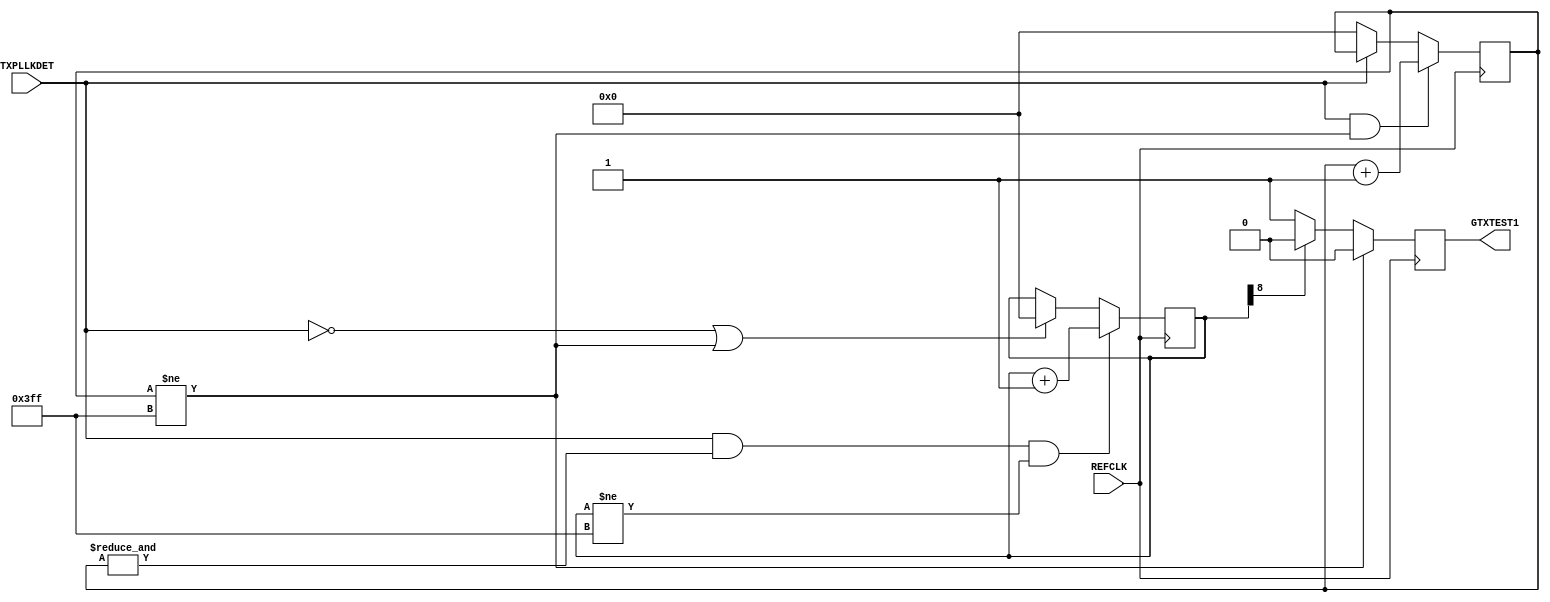
module gtx_rerst
(
    input    REFCLK,
    
    input    TXPLLKDET,
    output   reg    GTXTEST1
);

    wire clk;
    reg  [9:0]  cnt_wait;
    reg  [9:0]  cnt_rst;
    assign clk = REFCLK;
	 
//    BUFG bufg_inst
//    (
//        .I(REFCLK),
//        .O(clk)
//    );
    
    always@(posedge clk)
        if (cnt_wait != 10'h3ff)
            GTXTEST1    <=    1'b0;
        else if (cnt_rst[8])
            GTXTEST1    <=    1'b0;
        else
            GTXTEST1    <=    1'b1;  
            
    always@(posedge clk)
        if (TXPLLKDET & (cnt_wait != 10'h3ff))
            cnt_wait    <=    cnt_wait    +    1'b1;
        else if (!TXPLLKDET)
            cnt_wait    <=    10'b0;
            
    always@(posedge clk)
        if (TXPLLKDET & (&cnt_wait) & (cnt_rst != 10'h3ff))
            cnt_rst    <=    cnt_rst    +    1'b1;
        else if (!TXPLLKDET | (cnt_wait != 10'h3ff))
            cnt_rst    <=    10'b0;
            
endmodule